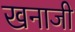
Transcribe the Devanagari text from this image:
खनाजी